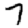
Digit: 7